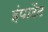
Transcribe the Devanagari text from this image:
इंपाटेंट